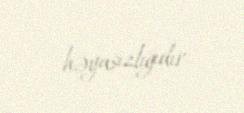
həyasızlığıdır.